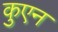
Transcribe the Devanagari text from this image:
कुएन